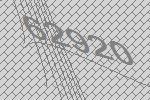
62920